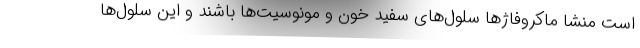
است منشا ماکروفاژها سلول‌های سفید خون و مونوسیت‌ها باشند و این سلول‌ها